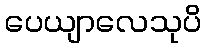
ပေယျာလေသုပိ